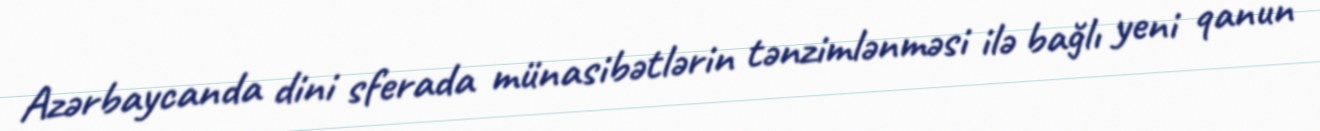
Azərbaycanda dini sferada münasibətlərin tənzimlənməsi ilə bağlı yeni qanun